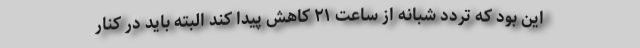
این بود که تردد شبانه از ساعت ۲۱ کاهش پیدا کند البته باید در کنار